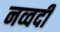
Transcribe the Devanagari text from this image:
नव्वदी